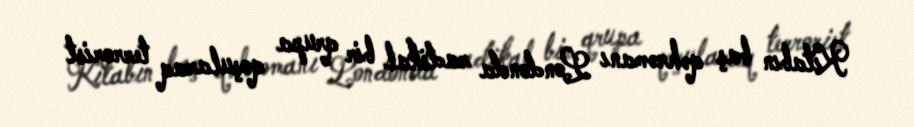
Kitabın baş qəhrəmanı Londonda radikal bir qrupa qoşularaq terrorist